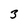
Character: 3